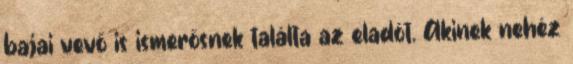
bajai vevő is ismerősnek találta az eladót. Akinek nehéz